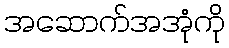
အဆောက်အအုံကို